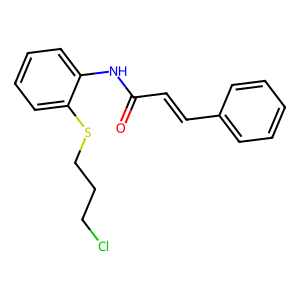
SMILES: O=C(C=Cc1ccccc1)Nc1ccccc1SCCCCl
Inhibits HIV replication: No